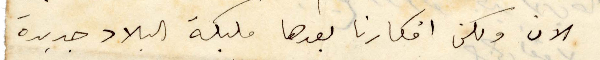
الآن ولكن افكارنا بعدها مليكة البلاد جديدة